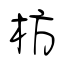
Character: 枋